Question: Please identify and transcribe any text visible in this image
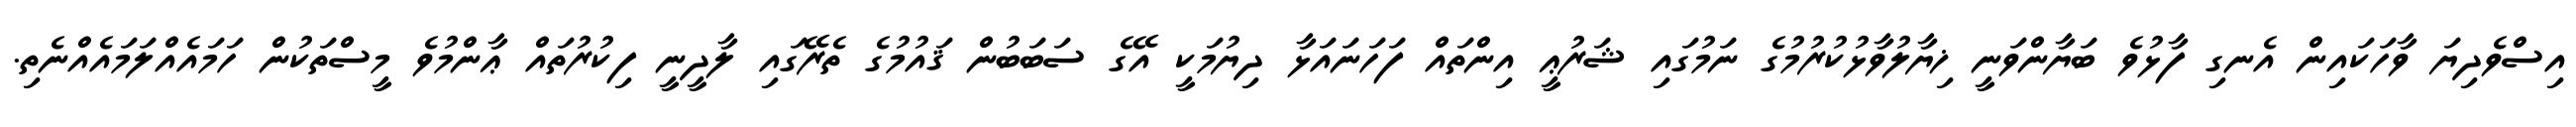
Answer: އިސްވެދިޔަ ވާހަކައިން އެނގި ފާޅުވެ ބަޔާންވަނީ ޚިޔާލުވާޅުކުރުމުގެ ނަމުގައި ޝަރުޢީ އިންތައް ފަހަނައަޅާ ދިޔުމަކީ އޭގެ ސަބަބުން ޤައުމުގެ ތެރޭގައި ލާދީނީ ފިކުރުތައް ޢާންމުވެ މީސްތަކުން ހަމައެއްލަމައެއްނެތި.